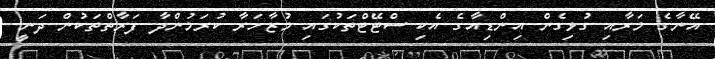
އޭނާގެ މަރާއި ގުޅިގެން އިންޑިއާގެ އެކި ސްޓޭޓްތަކުގައި މުޒާހަރާ ކުރަމުންދާ ފަރާތްތަކުން ދަނީ